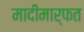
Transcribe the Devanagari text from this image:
मादीमार्फत